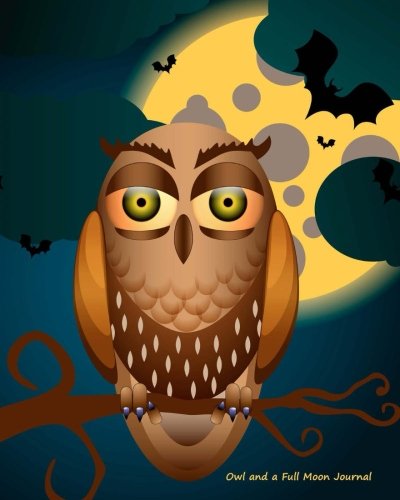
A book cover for Owl and a Full Moon Journal; Kooky Journal Lovers; Self-Help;